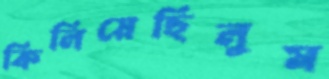
কিলিয়েছিলুম